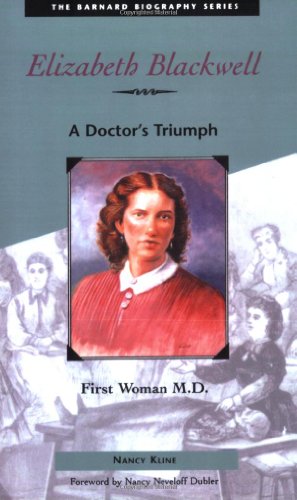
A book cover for Elizabeth Blackwell: First Woman M.D. (Barnard Biography); Nancy Kline; Teen & Young Adult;